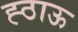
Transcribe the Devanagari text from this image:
ह्ठाऊ